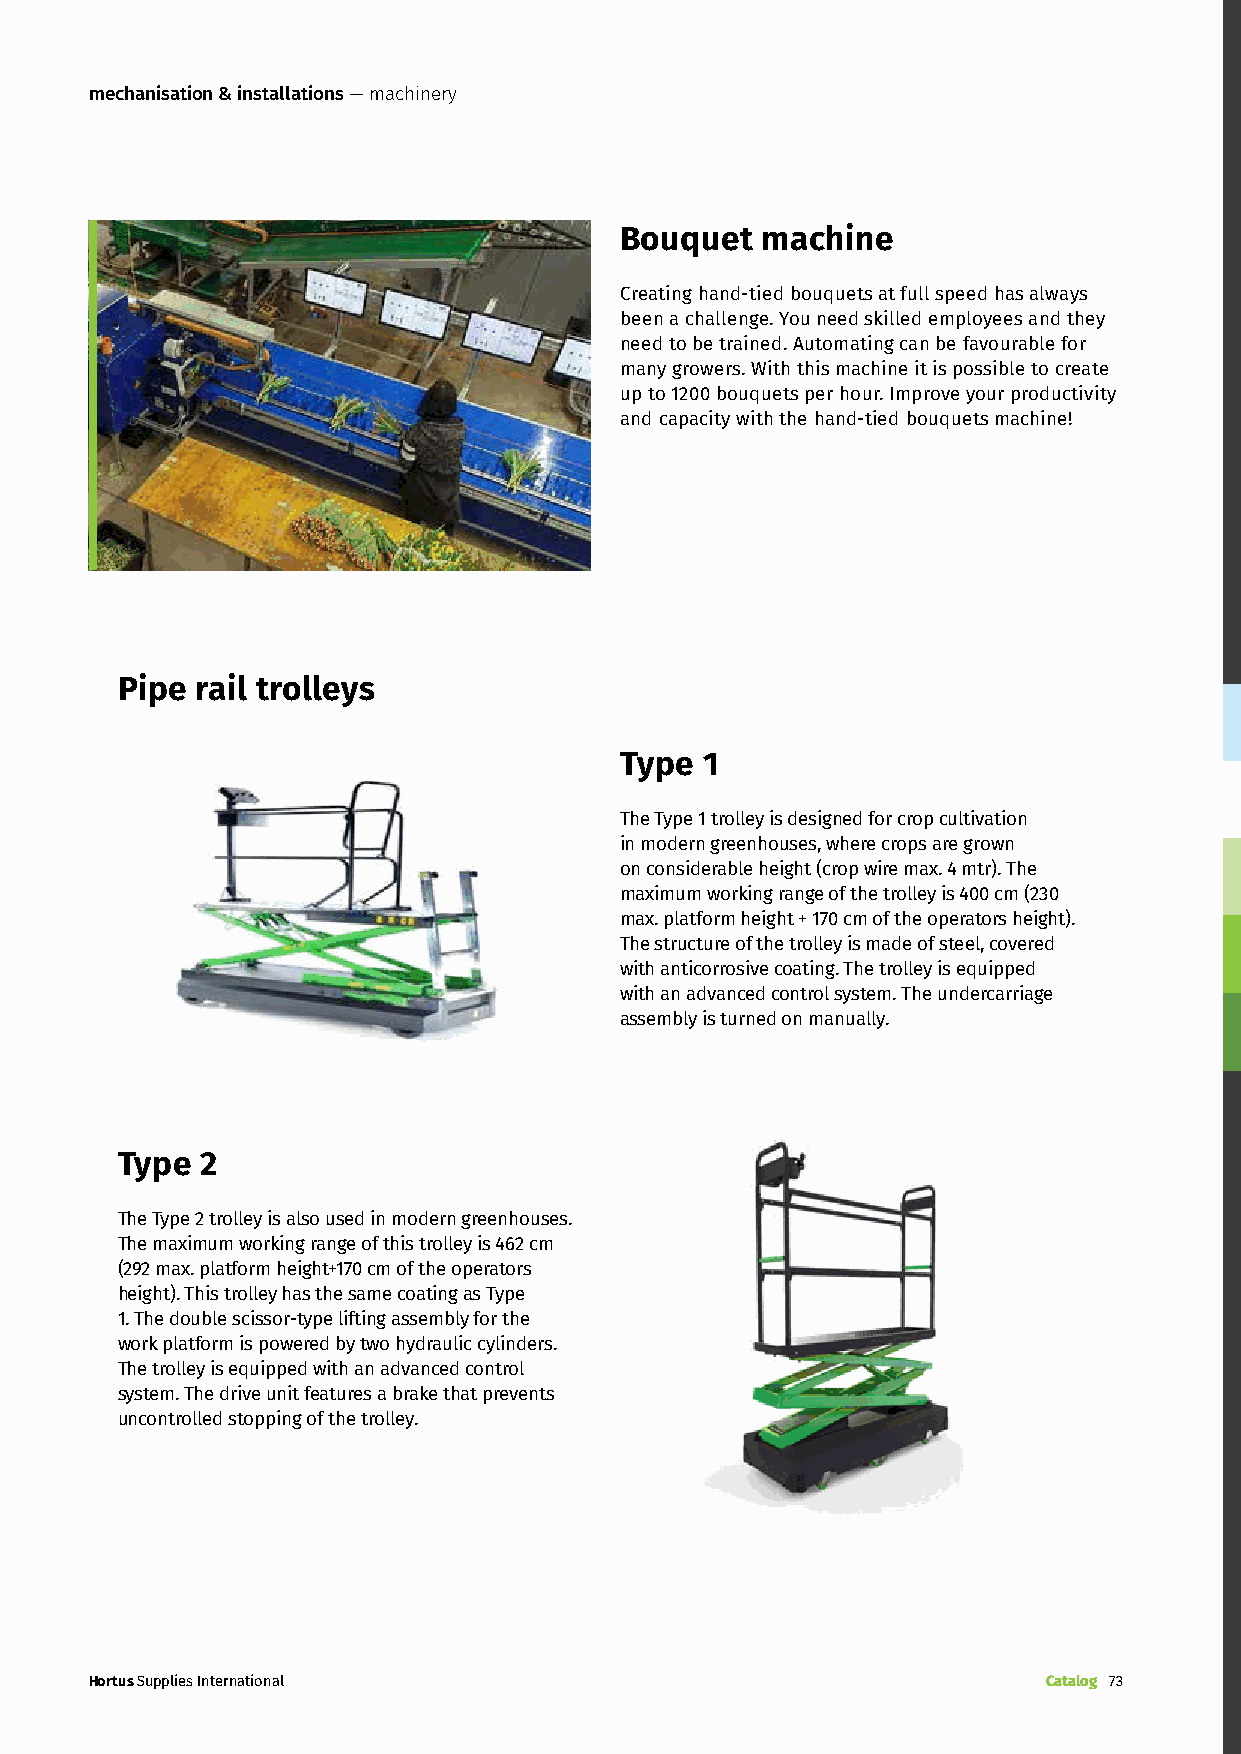
mechanisation & installations — machinery
 Bouquet  machine
 Creating hand-tied bouquets at full speed has always
 been a challenge. You need skilled employees and they
 need to be trained. Automating can be favourable for
 many growers. With this machine it is possible to create
 up to 1200 bouquets per hour. Improve your productivity
 and capacity with the hand-tied bouquets machine!
 Pipe rail trolleys
 Type  1
 The Type 1 trolley is designed for crop cultivation
 in modern greenhouses, where crops are grown
 on considerable height (crop wire max. 4 mtr). The
 maximum working range of the trolley is 400 cm (230
 max. platform height + 170 cm of the operators height).
 The structure of the trolley is made of steel, covered
 with anticorrosive coating. The trolley is equipped
 with an advanced control system. The undercarriage
 assembly is turned on manually.
 Type 2
 The Type 2 trolley is also used in modern greenhouses.
 The maximum working range of this trolley is 462 cm
 (292 max. platform height+170 cm of the operators
 height). This trolley has the same coating as Type
 1. The double scissor-type lifting assembly for the
 work platform is powered by two hydraulic cylinders.
 The trolley is equipped with an advanced control
 system. The drive unit features a brake that prevents
 uncontrolled stopping of the trolley.
 Hortus Supplies International                                  Catalog 73